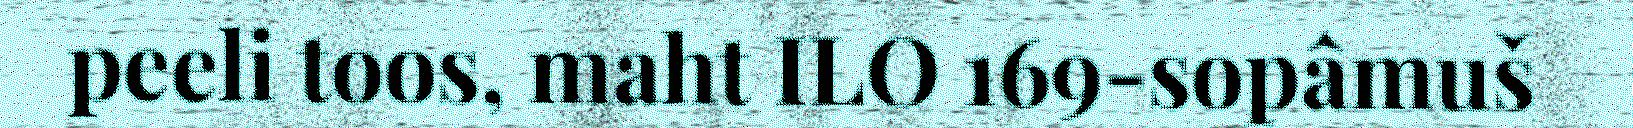
peeli toos, maht ILO 169-sopâmuš